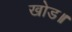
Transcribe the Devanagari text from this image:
खोड॥